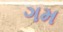
ગમ